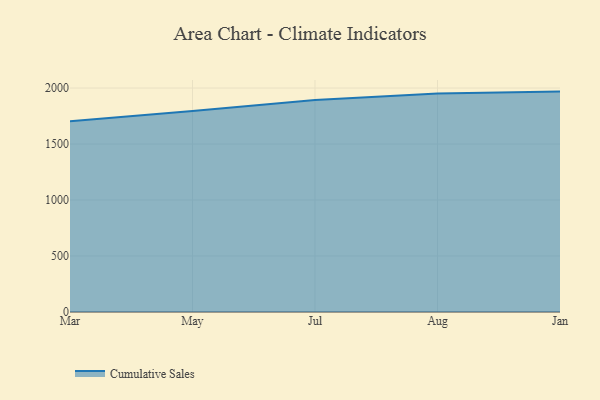
{"axis": {"x": "Month", "y": "Shipments"}, "legend": ["Cumulative Sales"], "data": [{"x": "Mar", "y": 1704.6, "type": "Cumulative Sales"}, {"x": "May", "y": 1795.3, "type": "Cumulative Sales"}, {"x": "Jul", "y": 1893.5, "type": "Cumulative Sales"}, {"x": "Aug", "y": 1951.6, "type": "Cumulative Sales"}, {"x": "Jan", "y": 1968.3, "type": "Cumulative Sales"}]}